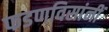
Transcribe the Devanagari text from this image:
फडणविसांनीं